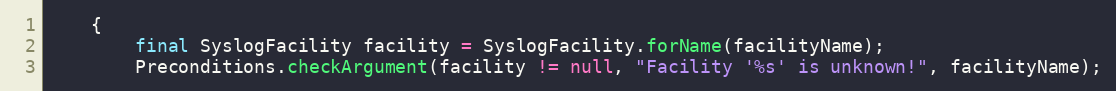
Language: Java
    {
        final SyslogFacility facility = SyslogFacility.forName(facilityName);
        Preconditions.checkArgument(facility != null, "Facility '%s' is unknown!", facilityName);